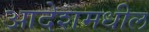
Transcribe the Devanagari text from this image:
आदेशमधील